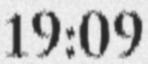
19:09